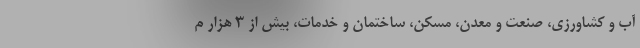
آب و کشاورزی، صنعت و معدن، مسکن، ساختمان و خدمات، بیش از 3 هزار م